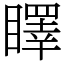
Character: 䁺